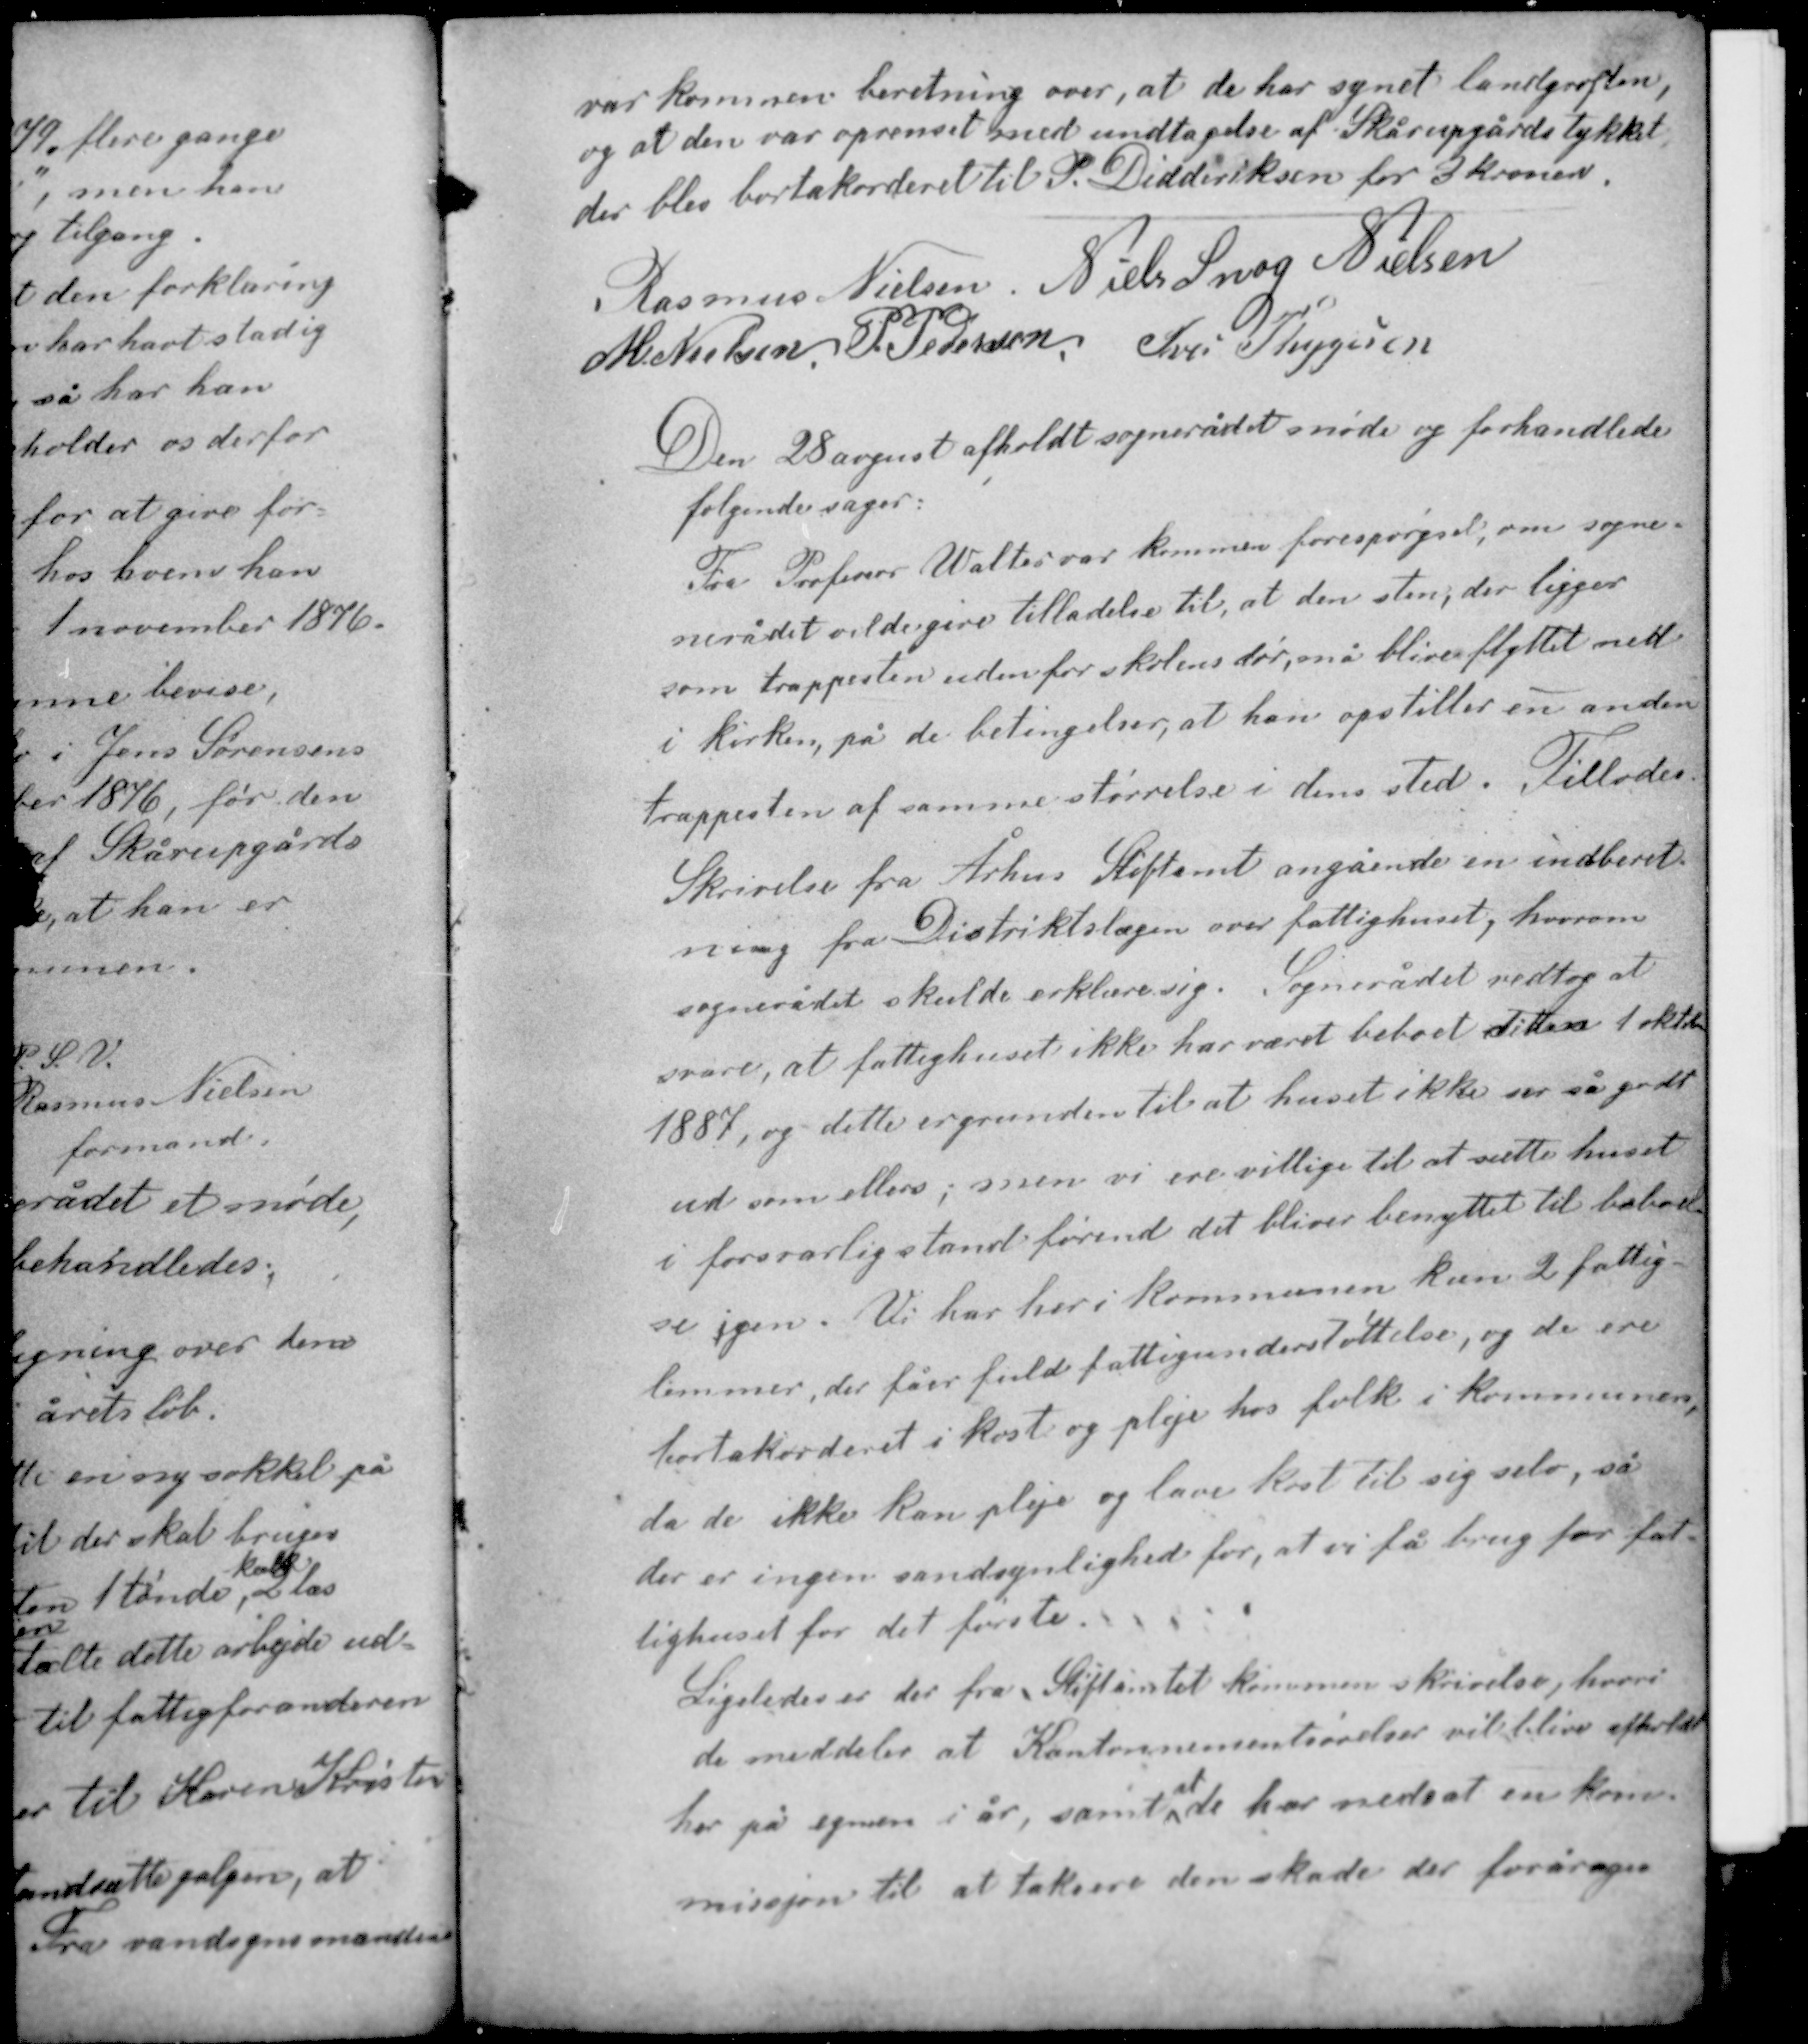
Transskription:
var kommen beretning over, at de har synet landgrøften,
og at den var oprenset med undtagelse af Skårupgårdstykket
der blev bortakorderet til P. Didderiksen for 3 kroner.

Rasmus Nielsen Niels Snog Nielsen
M. Nielsen P. Pedersen Iver Thygesen

Den 28 august afholdt sognerådet møde og forhandlede
følgende sager:
Fra Professor Walter var kommen forespørgsel, om sogne-
rådet vilde give tilladelse til, at den sten, der ligger
som trappesten udenfor skolens dør, må blive flyttet ned
i kirken, på de betingelser, at han opstiller en anden
trappesten af samme størrelse i dens sted. Tillodes.

Skrivelse fra Århus Stiftamt angående en indberet-
ning fra Distriktslægen over fattighuset, hvorom
sognerådet skulde erklære sig: Sognerådet vedtog at
svare, at fattighuset ikke har været beboet siden 1 oktober
1887, og dette er grunden til at huset ikke ser så godt
ud som ellers; men vi ere villige til at sætte huset
i forsvarlig stand førend det bliver benyttet til beboel-
se igen. Vi har her i kommunen kun 2 fattig-
lemmer, der fåer fuld fattigunderstøttelse, og de ere
bortakorderet i kost og pleje hos folk i kommunen,
da de ikke kan pleje og lave kost til sig selv, så
der er ingen sandsynlighed for, at vi få brug for fat-
tighuset for det første.

Ligeledes er der fra Stiftamtet kommen skrivelse, hvori
de meddeler at Kantonnementsøvelser vil blive afholdt
her på egnen i år, samt de har nedsat en kom-
at
missjon til at taksere den skade der forårsages.